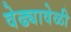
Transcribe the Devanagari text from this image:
वेढ्यावेळी